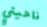
ناحيتي